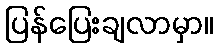
ပြန်ပြေးချလာမှာ။